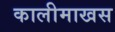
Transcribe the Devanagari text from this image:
कालीमाखस